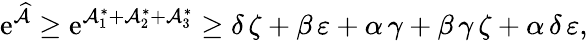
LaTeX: \mathrm{e}^{\widehat{{\mathcal{{A}}}}}\geq\mathrm{e}^{\mathcal{{A}}_{1}^{\ast}+\mathcal{{A}}_{2}^{\ast}+\mathcal{{A}}_{3}^{\ast}}\geq\delta\, \zeta+\beta\, \varepsilon+\alpha\, \gamma+\beta\, \gamma\, \zeta+\alpha\, \delta\, \varepsilon,